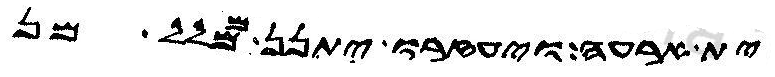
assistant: ית ארעה ויעזרו יתנן ממלל מן